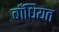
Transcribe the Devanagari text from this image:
बाँधियत